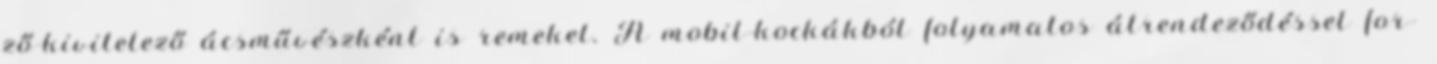
ző-kivitelező ácsművészként is remekel. A mobil-kockákból folyamatos átrendeződéssel for-